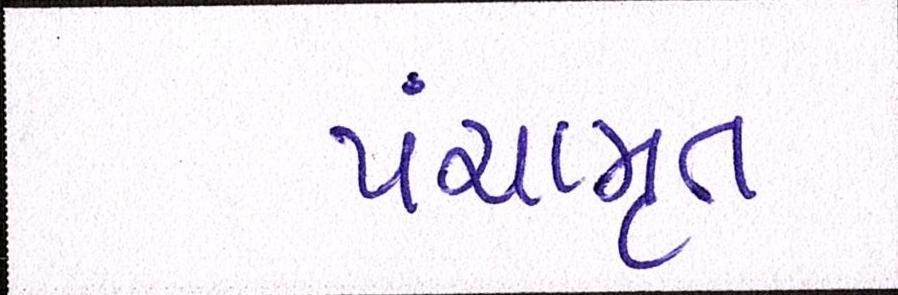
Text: પંચામૃત